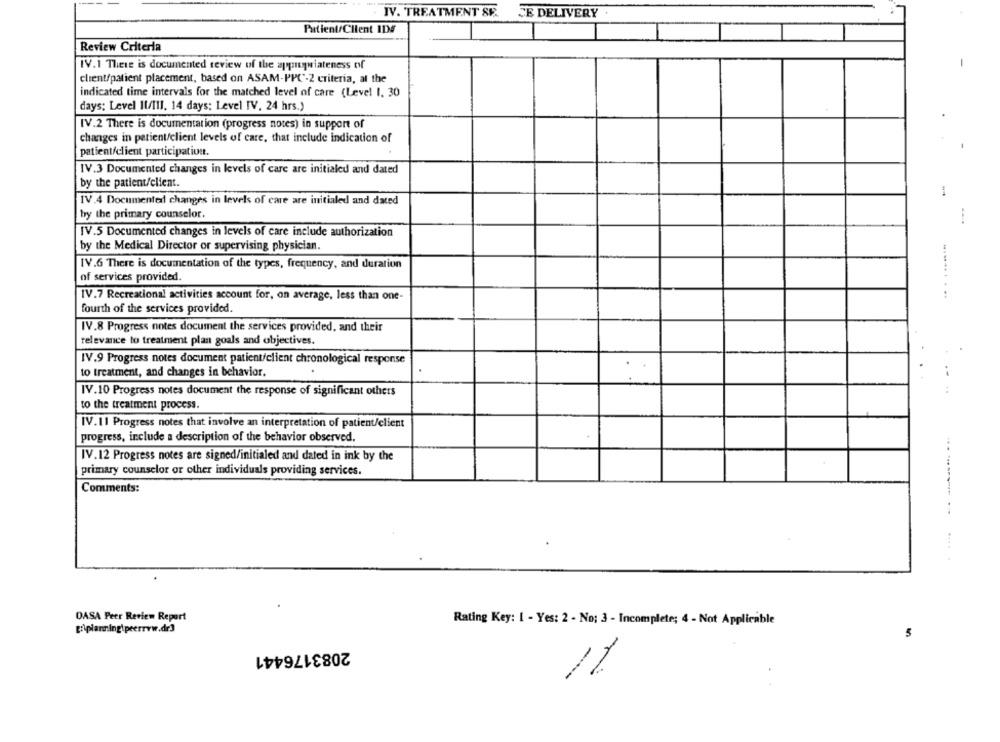
IV. TREATMENT SE.
SE DELIVERY
Patient/Client ID#
Review Criteria
IV.1 There is documented review of the appuywiateness of
client/patient placement, based on ASAM-PPC-2 criteria, al the
indicated time intervals for the matched level of care (Level 1. 30
days; Level 11/11l. 14 days: Level IV, 24 hrs.)
IV.2 There is documentation (progress notes) in support of
changes in patient/client levels of care, that include indication of
patient/client participation.
IV.3 Documented changes in levels of care are initialed and dated
by the patient/client.
IV.4 Documented changes in levels of care are initialed and dated
by the primary counselor.
IV.5 Documented changes in levels of care include authorization
by the Medical Director or supervising physician.
IV.6 There is documentation of the types, frequency, and duration
of services provided.
IV.7 Recreational activities account for, on average, less than one-
fourth of the services provided.
IV.8 Progress notes document the services provided, and their
relevance to treatment plan goals and objectives.
IV.9 Progress notes document patient/client chronological response
to treatment, and changes in behavior.
IV.10 Progress notes document the response of significant others
to the treatment process.
IV.11 Progress notes that involve an interpretation of patient/client
progress, include a description of the behavior observed.
IV.12 Progress notes are signed/initialed and dated in ink by the
primary counselor or other individuals providing services.
Comments:
DASA Peer Review Report
Rating Key: 1 - Yes: 2 - No: 3 - Incomplete; 4 - Not Applicable
2083176441
--